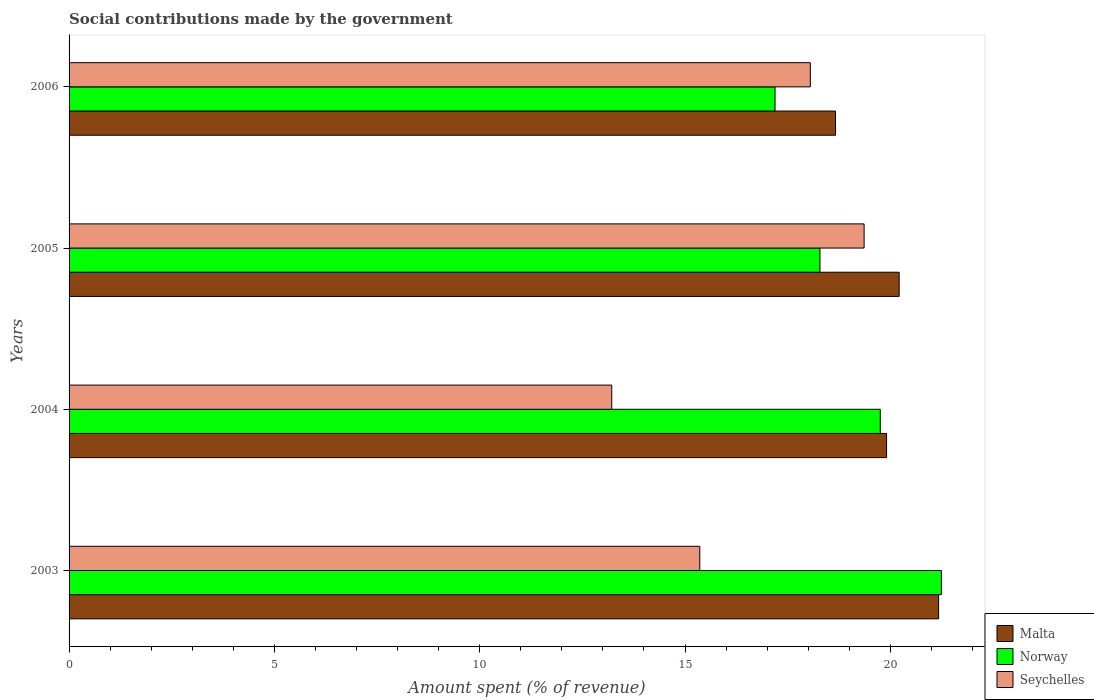
| Years | Malta | Norway | Seychelles |
 | --- | --- | --- | --- |
 | 2003 | 21.2 | 21.2 | 15.4 |
 | 2004 | 19.9 | 19.8 | 13.2 |
 | 2005 | 20.2 | 18.3 | 19.4 |
 | 2006 | 18.7 | 17.2 | 18.1 |